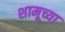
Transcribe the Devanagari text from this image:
शामूच्या